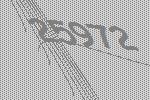
25972